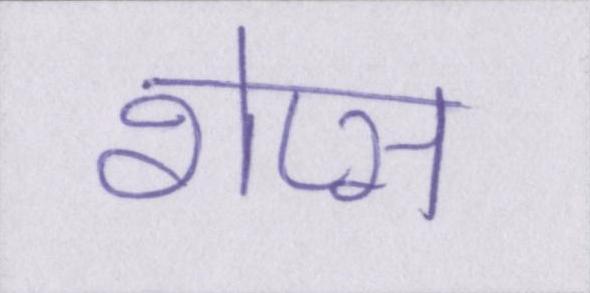
शेप्स